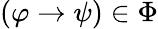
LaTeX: (\varphi\to\psi)\in\Phi